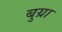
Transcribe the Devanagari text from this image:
बुग्रा